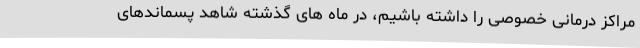
مراکز درمانی خصوصی را داشته باشیم، در ماه های گذشته شاهد پسماندهای